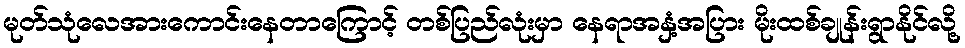
မုတ်သုံလေအားကောင်းနေတာကြောင့် တစ်ပြည်လုံးမှာ နေရာအနှံ့အပြား မိုးထစ်ချုန်းရွာနိုင်လို့